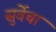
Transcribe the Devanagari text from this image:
सुर्वेचा